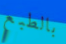
بالطبع